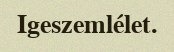
Igeszemlélet.